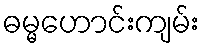
ဓမ္မဟောင်းကျမ်း